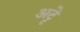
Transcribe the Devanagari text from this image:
अट्टे